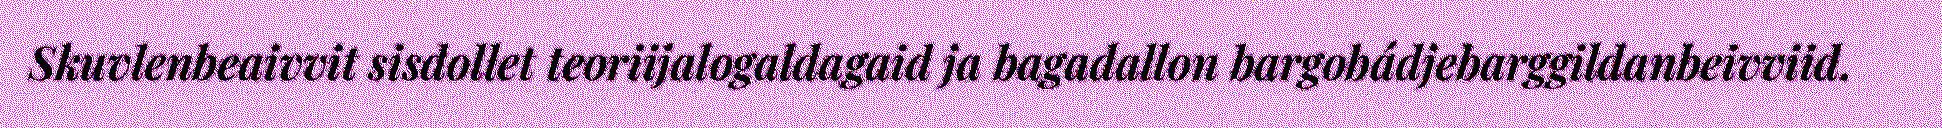
Skuvlenbeaivvit sisdollet teoriijalogaldagaid ja bagadallon bargobádjebarggildanbeivviid.